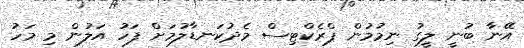
އޭނާ ބުނީ ލީގު ނިމުމުން ޕްރެކްޓިސް މެދުކަނޑާލުމަށް ފަހު އަލުން މި މަހު